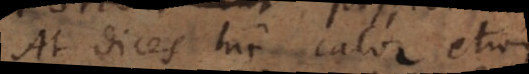
At dices hic calor etiam